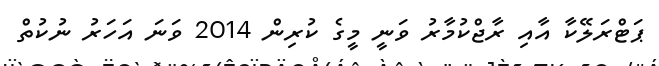
ޕަޓްރަލޭކާ އާއި ރާޖްކުމާރު ވަނީ މީގެ ކުރިން 2014 ވަނަ އަހަރު ނުކުތް